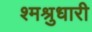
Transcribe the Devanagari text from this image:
श्मश्रुधारी